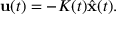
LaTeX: { \mathbf { u } } ( t ) = - K ( t ) { \hat { \mathbf { x } } } ( t ) .